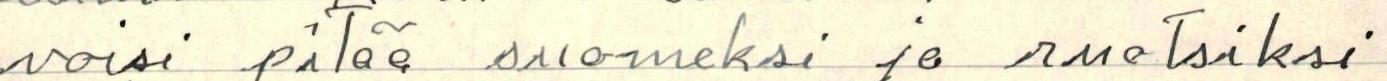
voisi pitää suomeksi ja ruotsiksi